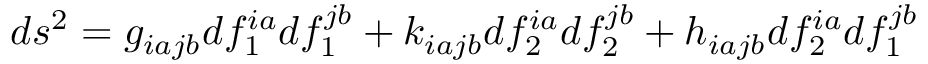
d s ^ { 2 } = g _ { i a j b } d f _ { 1 } ^ { i a } d f _ { 1 } ^ { j b } + k _ { i a j b } d f _ { 2 } ^ { i a } d f _ { 2 } ^ { j b } + h _ { i a j b } d f _ { 2 } ^ { i a } d f _ { 1 } ^ { j b }